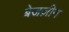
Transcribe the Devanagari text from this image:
बेजज़ीन